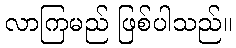
လာကြမည် ဖြစ်ပါသည်။